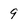
Character: 9